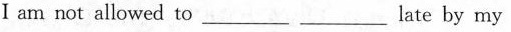
I am not allowed to___ ___late by my